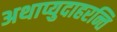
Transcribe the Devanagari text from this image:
अथाप्युदाहरन्ति